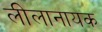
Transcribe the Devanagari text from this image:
लीलानायक